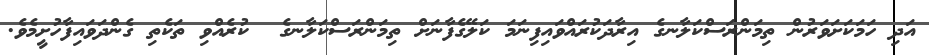
އަދި ހަމަކަށަވަރުން ތިމަންރަސްކަލާނގެ އިރާދަކުރައްވައިފިނަމަ ކަލޭގެފާނަށް ތިމަންރަސްކަލާނގެ  ކުރެއްވި ތަކެތި ގެންދަވައިފާހުށީމެވެ.